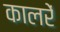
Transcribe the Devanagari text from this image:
कालरें